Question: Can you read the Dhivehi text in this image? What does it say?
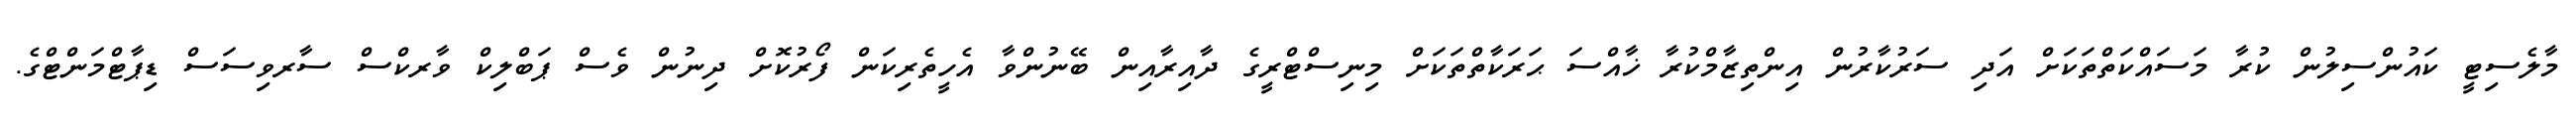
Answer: މާލެސިޓީ ކައުންސިލުން ކުރާ މަސައްކަތްތަކަށް އަދި ސަރުކާރުން އިންތިޒާމްކުރާ ޚާއްސަ ޙަރަކާތްތަކަށް މިނިސްޓްރީގެ ދާއިރާއިން ބޭނުންވާ އެހީތެރިކަން ފޯރުކޮށް ދިނުން ވެސް ޕަބްލިކް ވާރކްސް ސާރވިސަސް ޑިޕާޓްމަންޓްގެ.